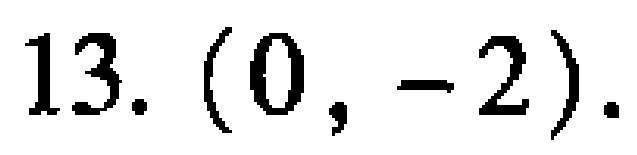
13. $(0, -2)$.